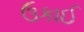
ઉકાઈ